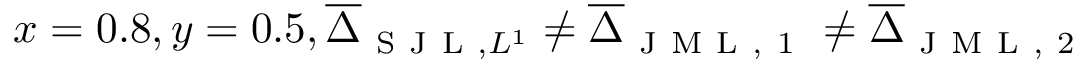
x = 0 . 8 , y = 0 . 5 , \overline { { \Delta } } _ { \mathrm { ~ S ~ J ~ L ~ } , L ^ { 1 } } \neq \overline { { \Delta } } _ { \mathrm { ~ J ~ M ~ L ~ , ~ 1 ~ } } \neq \overline { { \Delta } } _ { \mathrm { ~ J ~ M ~ L ~ , ~ 2 ~ } }